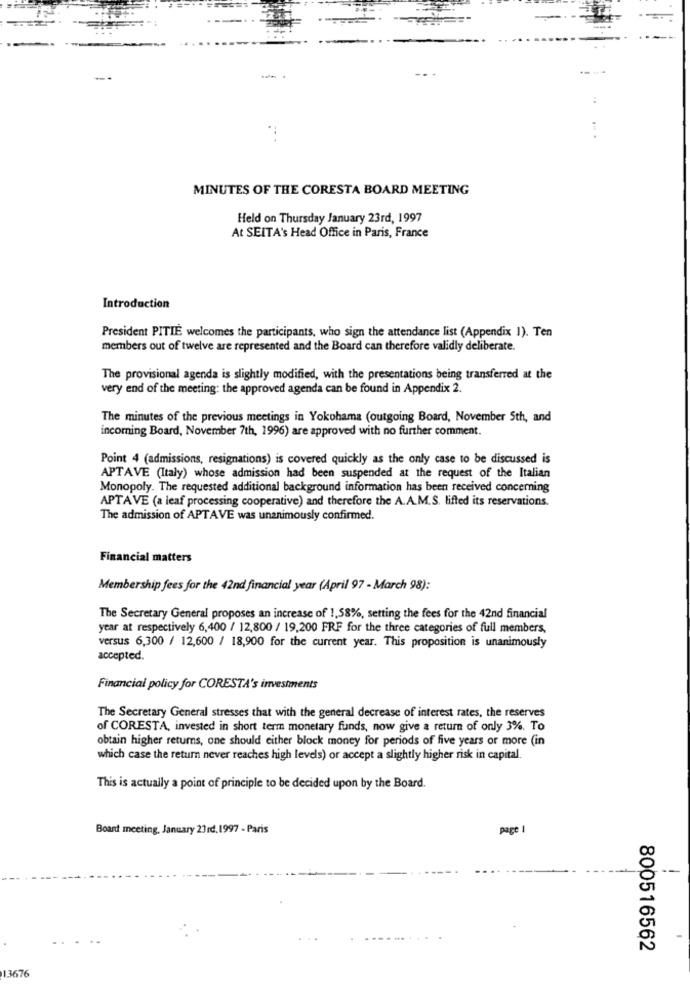
----
MINUTES OF THE CORESTA BOARD MEETING
Held on Thursday January 23rd, 1997
At SEITA's Head Office in Paris, France
Introduction
President PITIE welcomes the participants, who sign the attendance list (Appendix 1). Ten
members out of twelve are represented and the Board can therefore validly deliberate.
The provisional agenda is slightly modified, with the presentations being transferred at the
very end of the meeting: the approved agenda can be found in Appendix 2.
The minutes of the previous meetings in Yokohama (outgoing Board, November 5th, and
incoming Board, November 7th, 1996) are approved with no further comment.
Point 4 (admissions, resignations) is covered quickly as the only case to be discussed is
APTAVE (Italy) whose admission had been suspended at the request of the Italian
Monopoly. The requested additional background information has been received concerning
APTAVE (a leaf processing cooperative) and therefore the A.A.M.S. lifted its reservations.
The admission of APTAVE was unanimously confirmed.
Financial matters
Membership fees for the 42nd financial year (April 97 - March 98):
The Secretary General proposes an increase of 1,58%, setting the fees for the 42nd financial
year at respectively 6,400 / 12,800 / 19,200 FRF for the three categories of full members,
versus 6,300 / 12,600 / 18,900 for the current year. This proposition is unanimously
accepted.
Financial policy for CORESTA's investments
The Secretary General stresses that with the general decrease of interest rates, the reserves
of CORESTA, invested in short term monetary funds, now give a return of only 3%. To
obtain higher returns, one should either block money for periods of five years or more (in
which case the return never reaches high levels) or accept a slightly higher risk in capital.
This is actually a point of principle to be decided upon by the Board.
Board meeting, January 23rd.1997 - Paris
page 1
800516562
13676